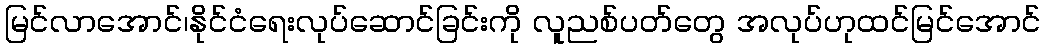
မြင်လာအောင်၊နိုင်ငံရေးလုပ်ဆောင်ခြင်းကို လူညစ်ပတ်တွေ အလုပ်ဟုထင်မြင်အောင်